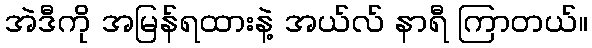
အဲဒီကို အမြန်ရထားနဲ့ အယ်လ် နာရီ ကြာတယ်။